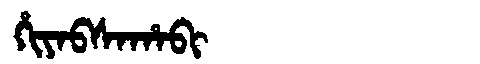
Manchu: ᡥᡳᠶᠠᠪᠰᠠᡥᠠᠪᡳ
Romanization: HIYABSAHABI